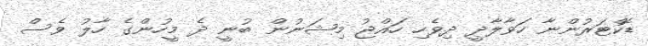
ޑޮކްޓަރުންނާ ހަވާލާދީ ދިވެހި ހައްޖު މިޝަނުން ބުނީ ދެ މީހުންގެ ހާލު ވެސް